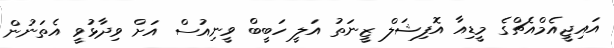
އައިޖީއެމްއެޗްގެ މީޑިއާ އޮފިޝަލް ޒީނަތު އަލީ ހަބީބް ވީނިއުސް އަށް ވިދާޅުވީ އެތަނުން